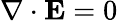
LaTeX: \nabla\cdot\mathbf{E}=0